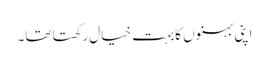
اپنی بہنوں کابہت خیال رکھتا تھا۔